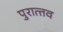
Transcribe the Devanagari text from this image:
पुरात्‍तव